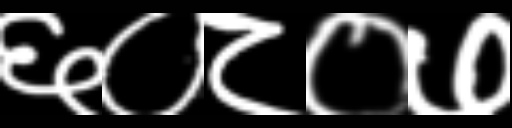
Text: ६०८०७